Civil Veterinary Dept. Assam report 1911-1927 - 1911-1927
Year: 1911
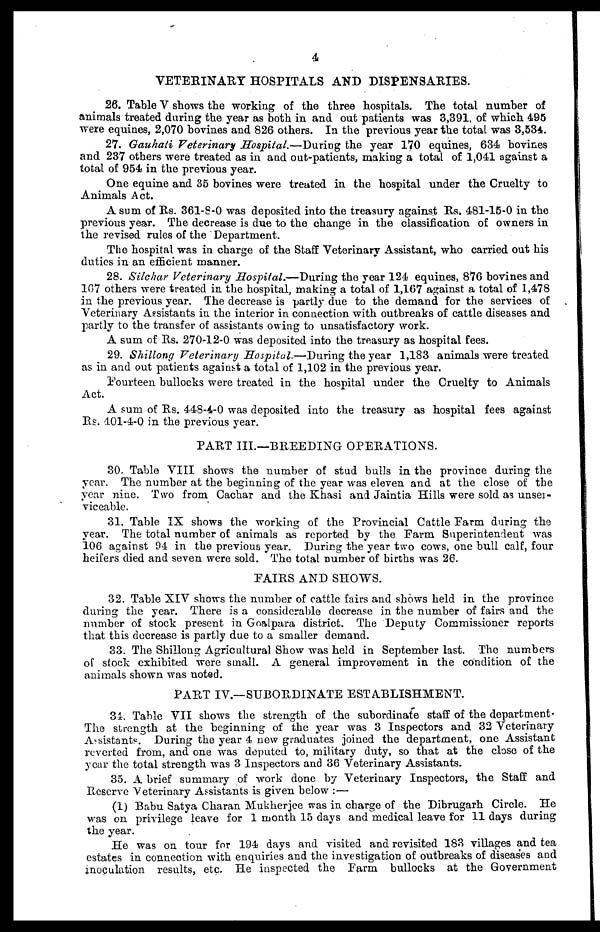
4
VETERINARY HOSPITALS AND DISPENSARIES.
26. Table V shows the working of the three hospitals. The total number of
animals treated during the year as both in and out patients was 3,391, of which 495
were equines, 2,070 bovines and 826 others. In the previous year the total was 3,534.
27. Gauhaii Veterinary Hospital.—During the year 170 equines, 634 bovines
and 237 others were treated as in and out-patients, making a total of 1,041 against a
total of 954 in the previous year.
One equine and 35 bovines were treated in the hospital under the Cruelty to
Animals Act.
A sum of Rs. 361-8-O was deposited into the treasury against Rs. 481-15-0 in the
previous year. The decrease is due to the change in the classification of owners in
the revised rules of the Department.
The hospital was in charge of the Staff Veterinary Assistant, who carried out his
duties in an efficient manner.
28. Silchar Veterinary Hospital.—During the year 124 equines, 876 bovines and
107 others were treated in the hospital, making a total of 1,167 against a total of 1,478
in the previous year. The decrease is partly due to the demand for the services of
Veterinary Assistants in the interior in connection with outbreaks of cattle diseases and
partly to the transfer of assistants owing to unsatisfactory work.
A sum of Rs. 270-12-0 was deposited into the treasury as hospital fees.
29. Shillong Veterinary Hospital.—During the year 1,183 animals were treated
as in and out patients against a total of 1,102 in the previous year.
Fourteen bullocks were treated in the hospital under the Cruelty to Animals
Act.
A sum of Rs. 448-4-0 was deposited into the treasury as hospital fees against
Rs. 401-4-0 in the previous year.
PART III.—BREEDING OPERATIONS.
30. Table VIII shows the number of stud bulls in the province during the
year. The number at the beginning of the year was eleven and at the close of the
year nine. Two from Cachar and the Khasi and Jaintia Hills were sold as unsei-
viccable.
31. Table IX shows the working of the Provincial Cattle Farm during the
year. The total number of animals as reported by the Farm Superintendent was
106 against 94 in the previous year. During the year two cows, one bull calf, four
heifers died and seven were sold. The total number of births was 26.
FAIRS AND SHOWS.
32. Table XIV shows the number of cattle fairs and shows held in the province
during the year. There is a considerable decrease in the number of fairs and the
number of stock present in Goalpara district. The Deputy Commissioner reports
that this decrease is partly due to a smaller demand.
33. The Shillong Agricultural Show was held in September last. The numbers
of stock exhibited were small. A general improvement in the condition of the
animals shown was noted.
PART IV.—SUBORDINATE ESTABLISHMENT.
34. Table VII shows the strength of the subordinate staff of the department-
The strength at the beginning of the year was 3 Inspectors and 32 Veterinary
Assistants-. During the year 4 new graduates joined the department, one Assistant
reverted from, and one was deputed to, military duty, so that at the close of the
year the total strength was 3 Inspectors and 36 Veterinary Assistants.
35. A brief summary of work done by Veterinary Inspectors, the Staff and
Reserve Veterinary Assistants is given below :—
(1) Babu Satya Charan Mukherjee was in charge of the Dibrugarh Circle. He
was on privilege leave for 1 month 15 days and medical leave for 11 days during
the year.
He was on tour for 194 days and visited and revisited 183 villages and tea
estates in connection with enquiries and the investigation of outbreaks of diseases and
inoculation results, etc. He inspected the Farm bullocks at the Government